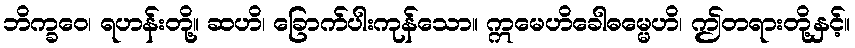
ဘိက္ခဝေ၊ ရဟန်းတို့။ ဆဟိ၊ ခြောက်ပါးကုန်သော။ ဣမေဟိခေါဓမ္မေဟိ၊ ဤတရားတို့နှင့်။